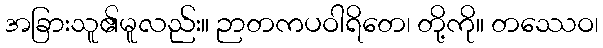
အခြားသူ၏မူလည်း။ ဉာတကပဝါရိတေ၊ တို့ကို။ တဿေဝ၊